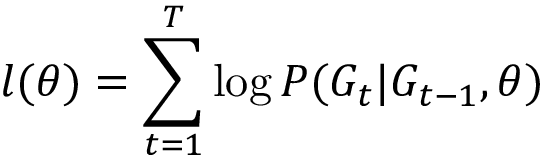
l ( \theta ) = \sum _ { t = 1 } ^ { T } \log P ( G _ { t } | G _ { t - 1 } , \theta )